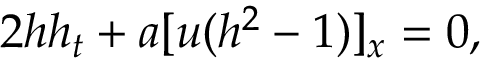
2 h h _ { t } + a [ u ( h ^ { 2 } - 1 ) ] _ { x } = 0 ,